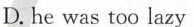
D.he was too lazy